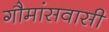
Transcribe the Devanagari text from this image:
गौमांसवासी